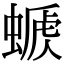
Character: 𧏕